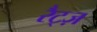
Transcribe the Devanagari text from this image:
रैट्ज़